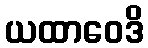
ယထာဝေဒိ